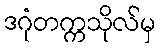
ဒဂုံတက္ကသိုလ်မှ